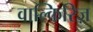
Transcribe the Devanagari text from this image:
वाल्किरिज़